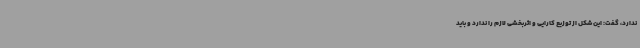
ندارد، گفت: این شکل از توزیع کارایی و اثربخشی لازم را ندارد و باید